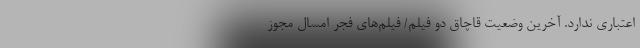
اعتباری ندارد. آخرین وضعیت قاچاق دو فیلم/ فیلم‌های فجر امسال مجوز